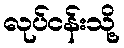
လုပ်ငန်းသို့